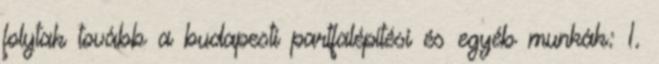
folytak tovább a budapesti partfalépítési és egyéb munkák: 1.